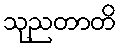
သုညတာတိ